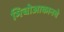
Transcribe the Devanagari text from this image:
मिचोआकानचे